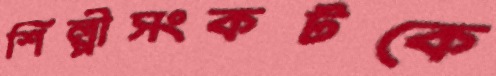
শিল্পীসংকটকে